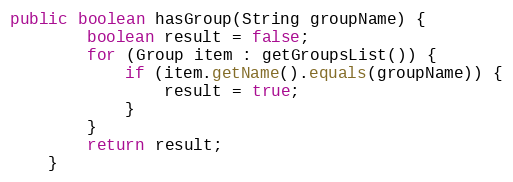
Language: Java
public boolean hasGroup(String groupName) {
        boolean result = false;
        for (Group item : getGroupsList()) {
            if (item.getName().equals(groupName)) {
                result = true;
            }
        }
        return result;
    }